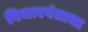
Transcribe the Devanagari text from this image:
विचारवंताचा